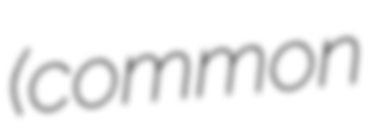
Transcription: (common